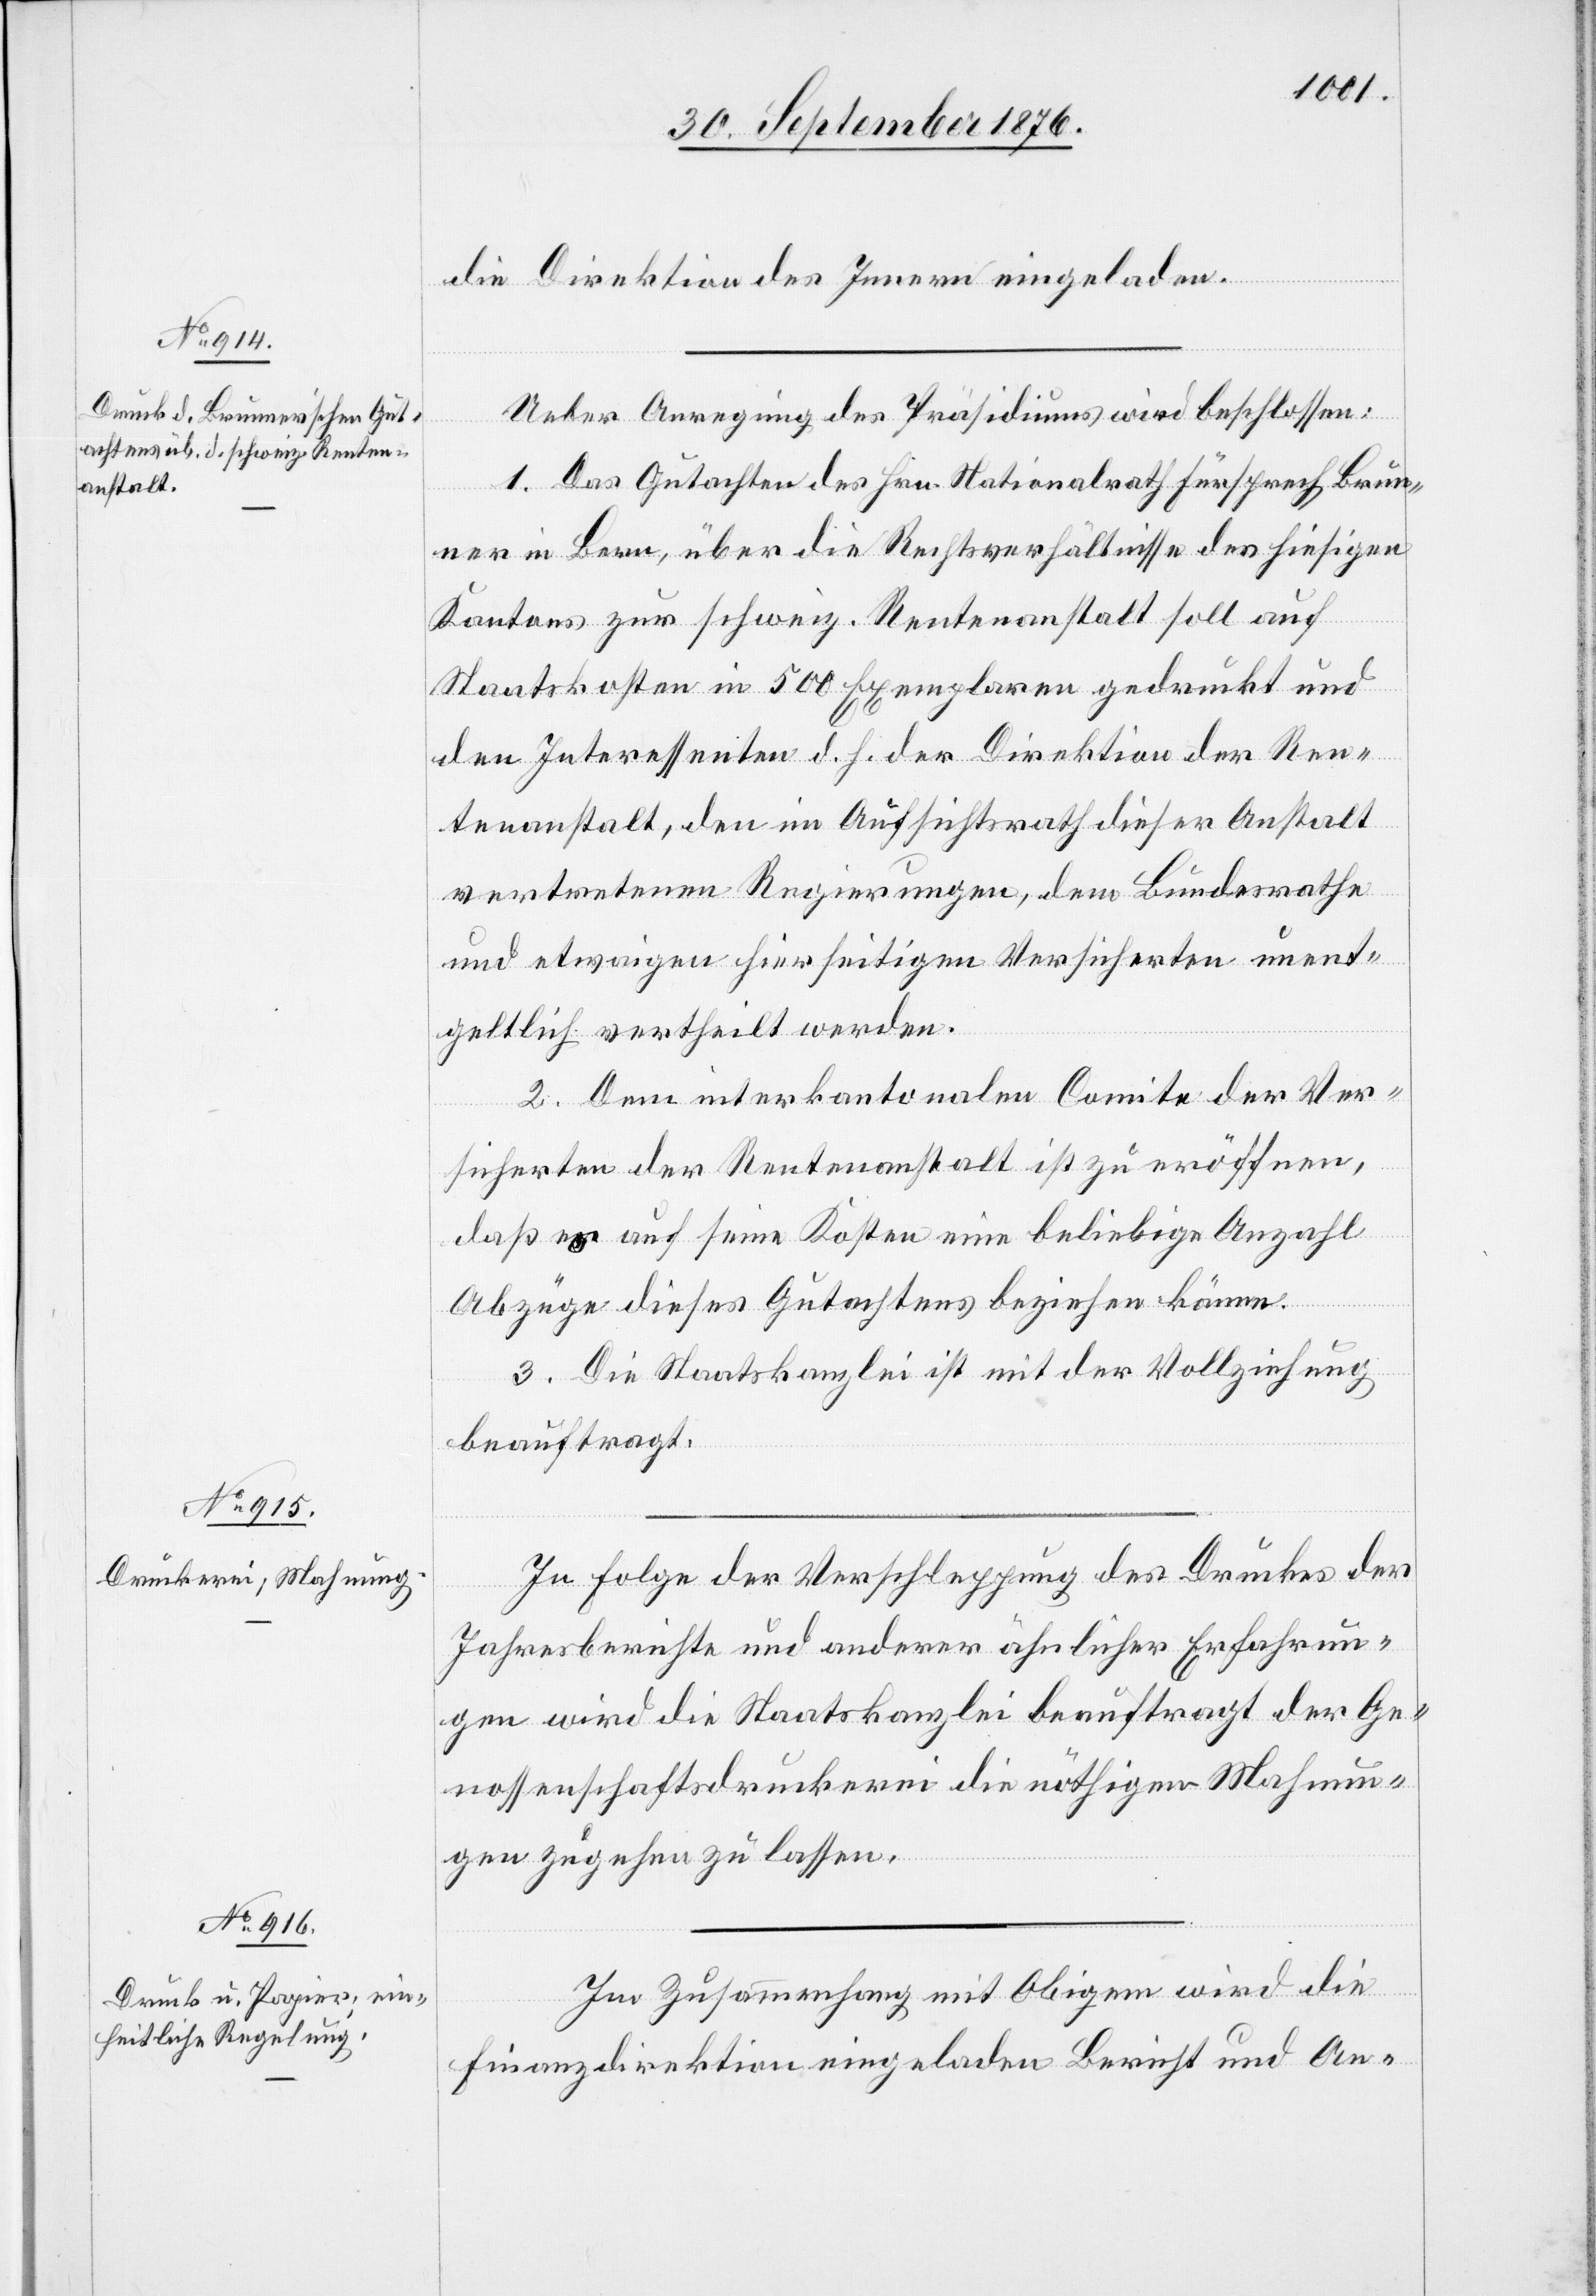
die Direktion des Innern eingeladen.
Ueber Anregung des Präsidiums wird beschlossen:
1. Das Gutachten des Hrn. Nationalrath Fürsprech Brun¬
ner in Bern, über die Rechtsverhältnisse des hiesigen
Kantons zur schweiz. Rentenanstalt soll auf
Staatskosten in 500 Exemplaren gedruckt und
den Interessenten d. h. der Direktion der Ren¬
tenanstalt, den im Aufsichtsrath dieser Anstalt
vertretenen Regierungen, dem Bundesrathe
und etwaigen hierseitigen Versicherten unent¬
geltlich vertheilt werden.
2. Dem interkantonalen Comite der Ver¬
sicherten der Rentenanstalt ist zu eröffnen,
daß es auf seine Kosten eine beliebige Anzahl
Abzüge dieses Gutachtens beziehen könne.
3. Die Staatskanzlei ist mit der Vollziehung
beauftragt.
In Folge der Verschleppung des Druckes der
Jahresberichte und anderer ähnlicher Erfahrun¬
gen wird die Staatskanzlei beauftragt der Ge¬
nossenschaftsdruckerei die nöthigen Mahnun¬
gen zugehen zu lassen.
Im Zusammenhang mit Obigem wird die
Finanzdirektion eingeladen Bericht und An-